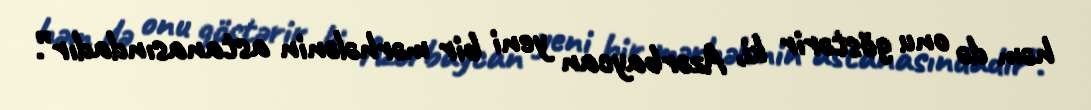
həm də onu göstərir ki, Azərbaycan yeni bir mərhələnin astanasındadır”.